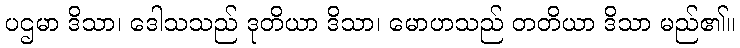
ပဌမာ ဒိသာ၊ ဒေါသသည် ဒုတိယာ ဒိသာ၊ မောဟသည် တတိယာ ဒိသာ မည်၏။